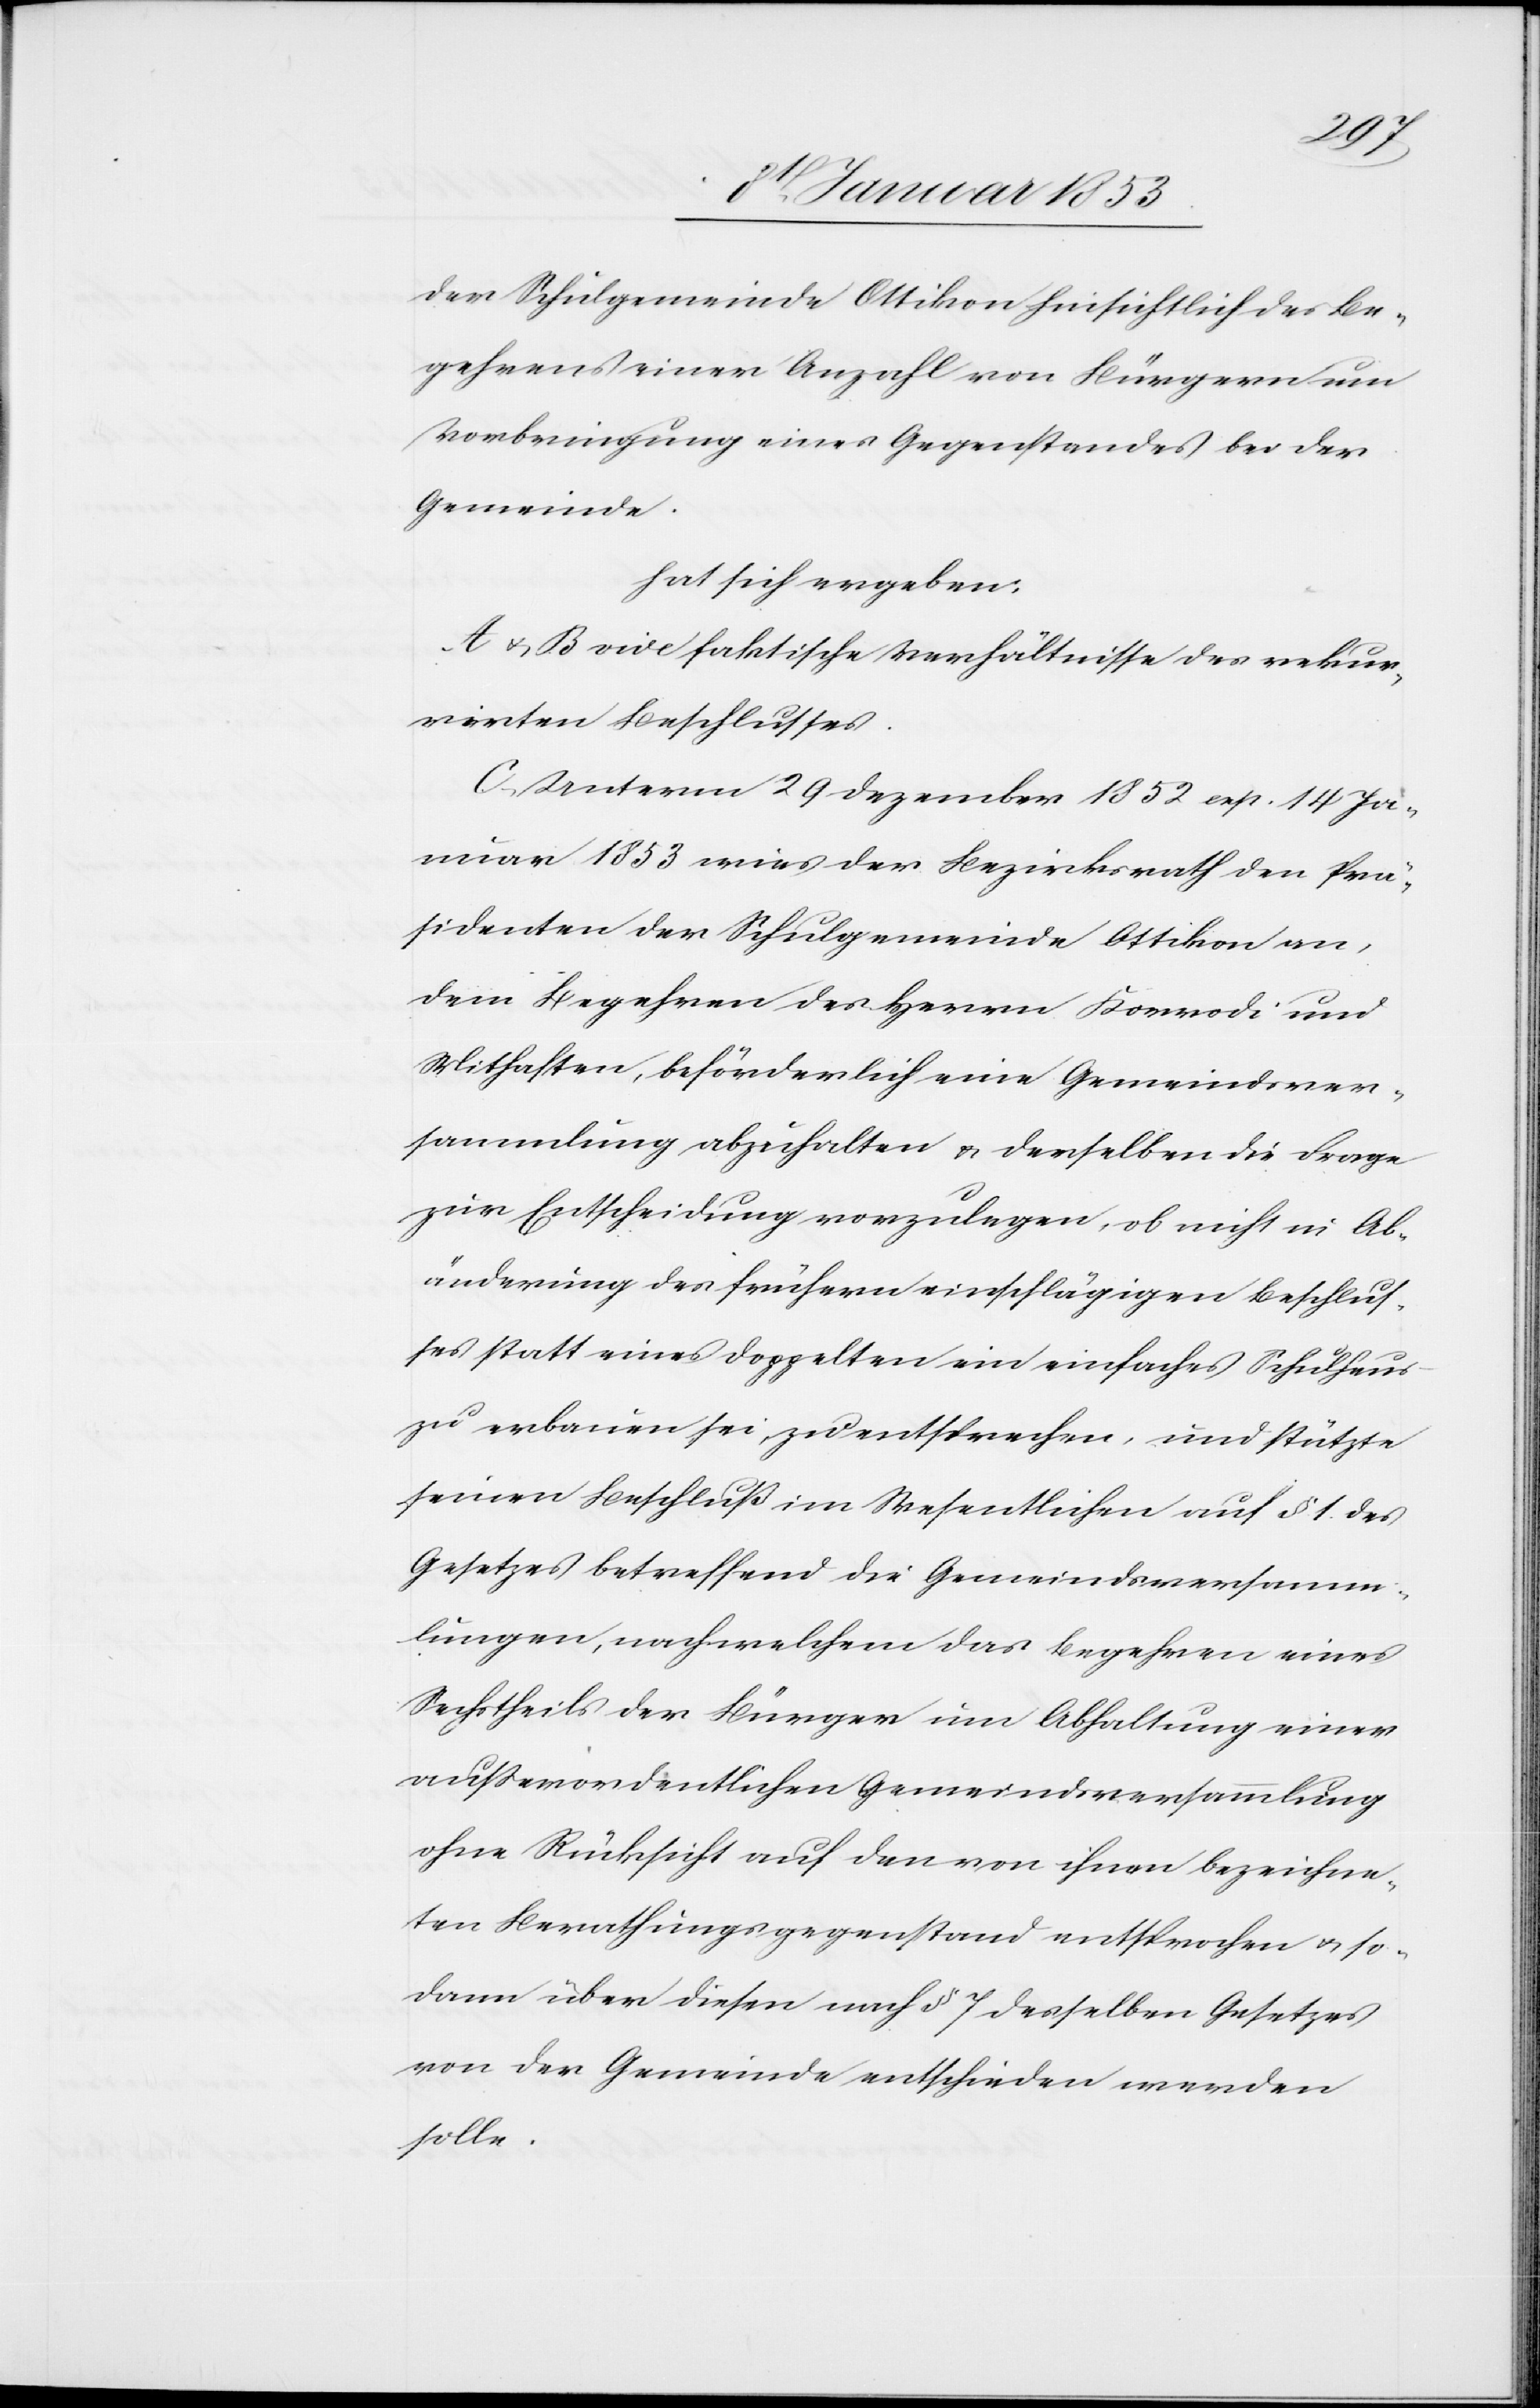
der Schulgemeinde Ottikon hinsichtlich des Be¬
gehrens einer Anzahl von Bürgern um
Vorbringung eines Gegenstandes bei der
Gemeinde.
hat sich ergeben:
A. u. B. vide faktische Verhältnisse des rekur¬
rirten Beschlusses.
C. Unterm 29 Dezember 1852 resp. 14 Ja¬
nuar 1853 wies der Bezirksrath den Prä¬
sidenten der Schulgemeinde Ottikon an,
dem Begehren des Herrn Korrodi und
Mithaften, beförderlich eine Gemeindever¬
sammlung abzuhalten u. derselben die Frage
zur Entscheidung vorzulegen, ob nicht in Ab¬
änderung des frühern einschlägigen Beschlus¬
ses statt eines doppelten ein einfaches Schulhause
zu erbauen sei, zu entsprechen, und stützte
seinen Beschluß im Wesentlichen auf § 1. des
Gesetzes betreffend die Gemeindsversamm¬
lungen, nach welchem das Begehren eines
Sechstheils der Bürger um Abhaltung einer
außerordentlichen Gemeindsversammlung
ohne Rücksicht auf den von ihnen bezeichne¬
ten Berathungsgegenstand entsprochen u. so¬
dann über diesen nach § 7 desselben Gesetzes
von der Gemeinde entschieden werden
solle.